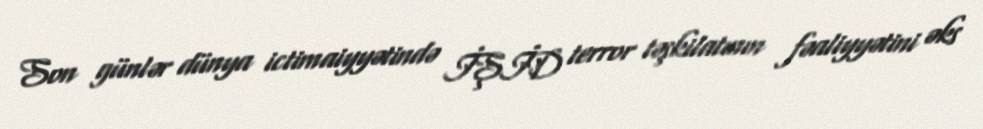
Son günlər dünya ictimaiyyətində İŞİD terror təşkilatının fəaliyyətini əks